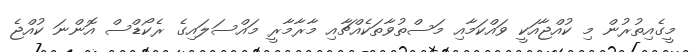
މީގެއިތުރުން މި ކުއްޖާއަކީ ވައްކަމާއި މަސްތުވާތަކެއްޗާއި މާރާމާރީ މައްސަލައިގެ ރެކޯޑްސް އޮންނަ ކުއްޖެ